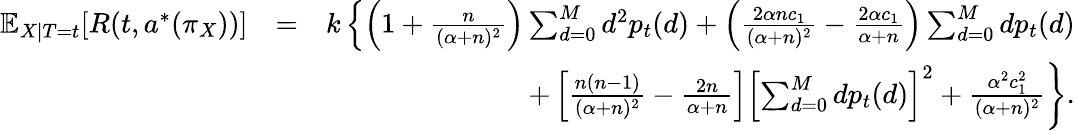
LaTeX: \begin{array}{rlr}{\mathbb{E}_{X|T=t}[R(t,a^{*}(\pi_{X}))]}&{=}&{k\left\{ \left(1+\frac{n}{(\alpha+n)^{2}}\right)\sum_{d=0}^{M}d^{2}p_{t}(d)+\left(\frac{2\alpha nc_{1}}{(\alpha+n)^{2}}-\frac{2\alpha c_{1}}{\alpha+n}\right)\sum_{d=0}^{M}dp_{t}(d)\right.}\\ &{}&{\left.+\left[\frac{n(n-1)}{(\alpha+n)^{2}}-\frac{2n}{\alpha+n}\right]\left[\sum_{d=0}^{M}dp_{t}(d)\right]^{2}+\frac{\alpha^{2}c_{1}^{2}}{(\alpha+n)^{2}}\right\} .}\end{array}